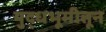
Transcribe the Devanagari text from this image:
युद्धभूमीतून